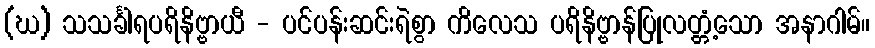
(ဃ) သသင်္ခါရပရိနိဗ္ဗာယီ - ပင်ပန်းဆင်းရဲစွာ ကိလေသ ပရိနိဗ္ဗာန်ပြုလတ္တံ့သော အနာဂါမ်။